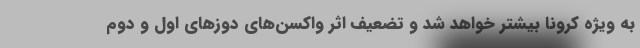
به ویژه کرونا بیشتر خواهد شد و تضعیف اثر واکسن‌های دوزهای اول و دوم